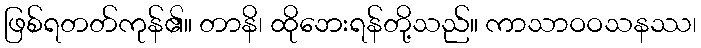
ဖြစ်ရတတ်ကုန်၏။ တာနိ၊ ထိုဘေးရန်တို့သည်။ ကာသာဝဝသနဿ၊